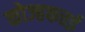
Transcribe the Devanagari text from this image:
कोज्हकत्तई